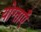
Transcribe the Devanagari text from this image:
योग्ताएँ